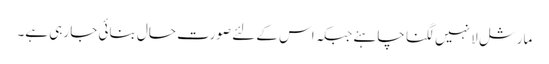
مارشل لا نہیں لگنا چاہئے جبکہ اس کے لئے صورت حال بنائی جا رہی ہے۔